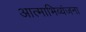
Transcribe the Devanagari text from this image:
आत्‍माभिव्‍यंजना